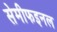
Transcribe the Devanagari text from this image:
सेमीफइनल